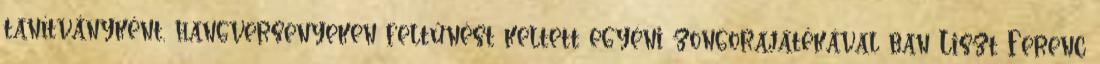
tanítványként, hangversenyeken feltűnést keltett egyéni zongorajátékával ban Liszt Ferenc